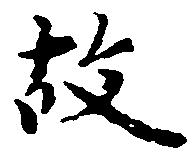
故